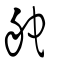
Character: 舵